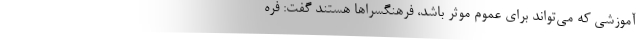
آموزشی که می‌تواند برای عموم موثر باشد، فرهنگسراها هستند گفت: فره